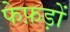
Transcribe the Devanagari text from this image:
फेफ़ड़ों